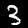
Digit: 3